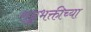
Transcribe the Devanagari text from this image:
राष्ट्रभक्तीच्या